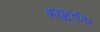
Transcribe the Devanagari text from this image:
ब्राह्मुहूर्तावर